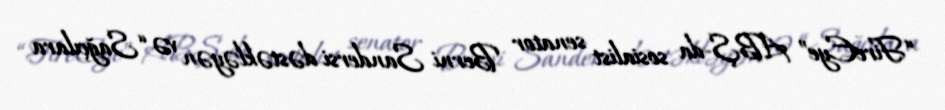
“FireEye” ABŞ-da sosialist senator Berni Sandersi dəstəkləyən və “Sağçılara